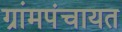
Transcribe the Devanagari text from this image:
ग्रांमपंचायत